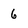
Character: 6